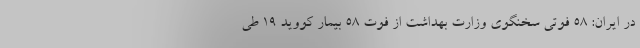
در ایران: 58 فوتی سخنگوی وزارت بهداشت از فوت ۵۸ بیمار کووید ۱۹ طی